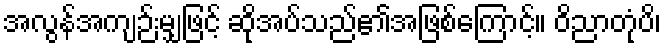
အလွန်အကျဉ်းမျှဖြင့် ဆိုအပ်သည်၏အဖြစ်ကြောင့်။ ဝိညာတုံပိ၊